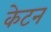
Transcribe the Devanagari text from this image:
केटन